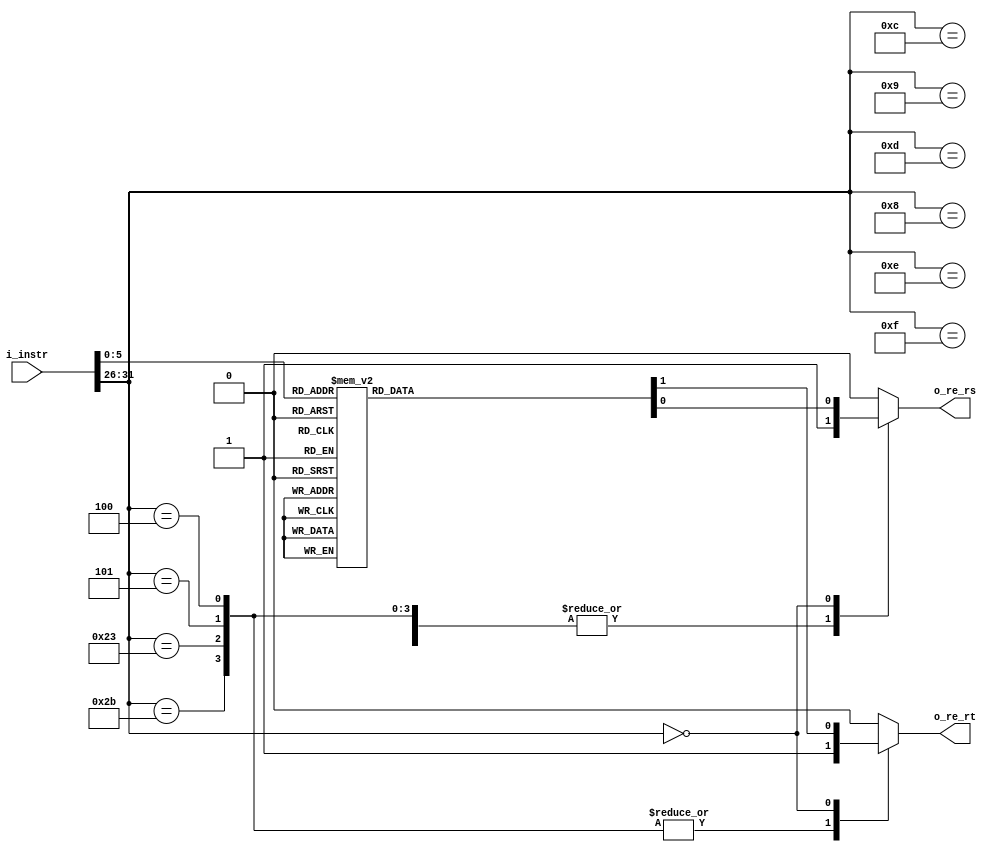
module Destination_fetch( i_instr,
                          o_re_rs,
                          o_re_rt
                         );
  
input       [31:0]  i_instr;
output  reg         o_re_rs, o_re_rt;

/******************************************************************/
/********************Opcodes and Functions*************************/
//Functions
localparam AND  = 6'b100100,  OR    = 6'b100101, NOR  = 6'b100111,  XOR  = 6'b100110;
localparam ADD  = 6'b100000,  SUB   = 6'b100010, ADDU = 6'b100001,  SUBU = 6'b100011;  
localparam SLT  = 6'b101010,  SLTU  = 6'b101011;
localparam SLL  = 6'b000000,  SLLV  = 6'b000100, SRL  = 6'b000010,  SRLV = 6'b000110;
localparam SRA  = 6'b000011,  SRAV  = 6'b000111;   
localparam ROTR = 6'b111110,  ROTRV = 6'b111111;
localparam JR   = 6'b001000;
//OpCodes
localparam ADDI = 6'b001000,  ADDIU = 6'b001001, LUI  = 6'b001111;
localparam ANDI = 6'b001100,  ORI   = 6'b001101, XORI = 6'b001110;
localparam LW   = 6'b100011,  SW    = 6'b101011;
localparam BEQ  = 6'b000100,  BNE   = 6'b000101, J    = 6'b000010;
/******************************************************************/

wire  [5:0] Opcode = i_instr[31:26];
wire  [5:0] Func   = i_instr[5:0];

always @* begin
  o_re_rs   = 0;
  o_re_rt   = 0;
  case(Opcode)
	  ANDI, ORI, XORI,
	  LUI, ADDI, ADDIU:
	                 begin
	                   o_re_rs = 1'b1;
	                   o_re_rt = 1'b0;
	                 end
	  BEQ, BNE, 
	  LW,  SW:		     begin
	                   o_re_rs = 1'b1;
	                   o_re_rt = 1'b1;
	                 end
	   0:case(Func)
	     AND,  OR,   NOR,
	     XOR,  ADD,  SUB, 
	     ADDU, SUBU, SLT, 
	     SLTU, SLLV, SRLV, 
	     SRAV,   SRL, SRA: 
	           begin
	             o_re_rs = 1'b1;
	             o_re_rt = 1'b1;     
	           end        
	   endcase
  endcase
end 
endmodule